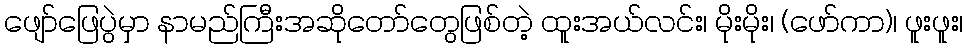
ဖျော်ဖြေပွဲမှာ နာမည်ကြီးအဆိုတော်တွေဖြစ်တဲ့ ထူးအယ်လင်း၊ မိုးမိုး၊ (ဖော်ကာ)၊ ဖူးဖူး၊